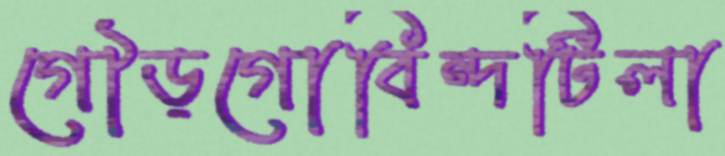
গৌড়গোবিন্দটিলা